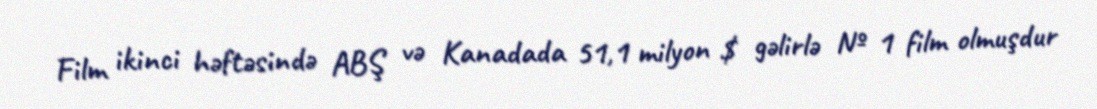
Film ikinci həftəsində ABŞ və Kanadada 51,1 milyon $ gəlirlə № 1 film olmuşdur